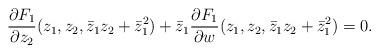
LaTeX: \begin{align*} \frac{\partial F_1}{\partial z_2}(z_1,z_2, \bar{z}_1 z_2 + \bar{z}_1^2)+\bar{z}_1\frac{\partial F_1}{\partial w}(z_1,z_2, \bar{z}_1 z_2 + \bar{z}_1^2)= 0 .\end{align*}